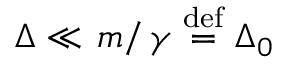
\begin{array} { r } { \Delta \ll \left. m \right/ \gamma \stackrel { \mathrm { d e f } } { = } \Delta _ { 0 } } \end{array}